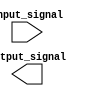
module ECL_buffer (
    input         input_signal,
    output  [1:0] output_signal
);

// ECL buffering logic here

endmodule